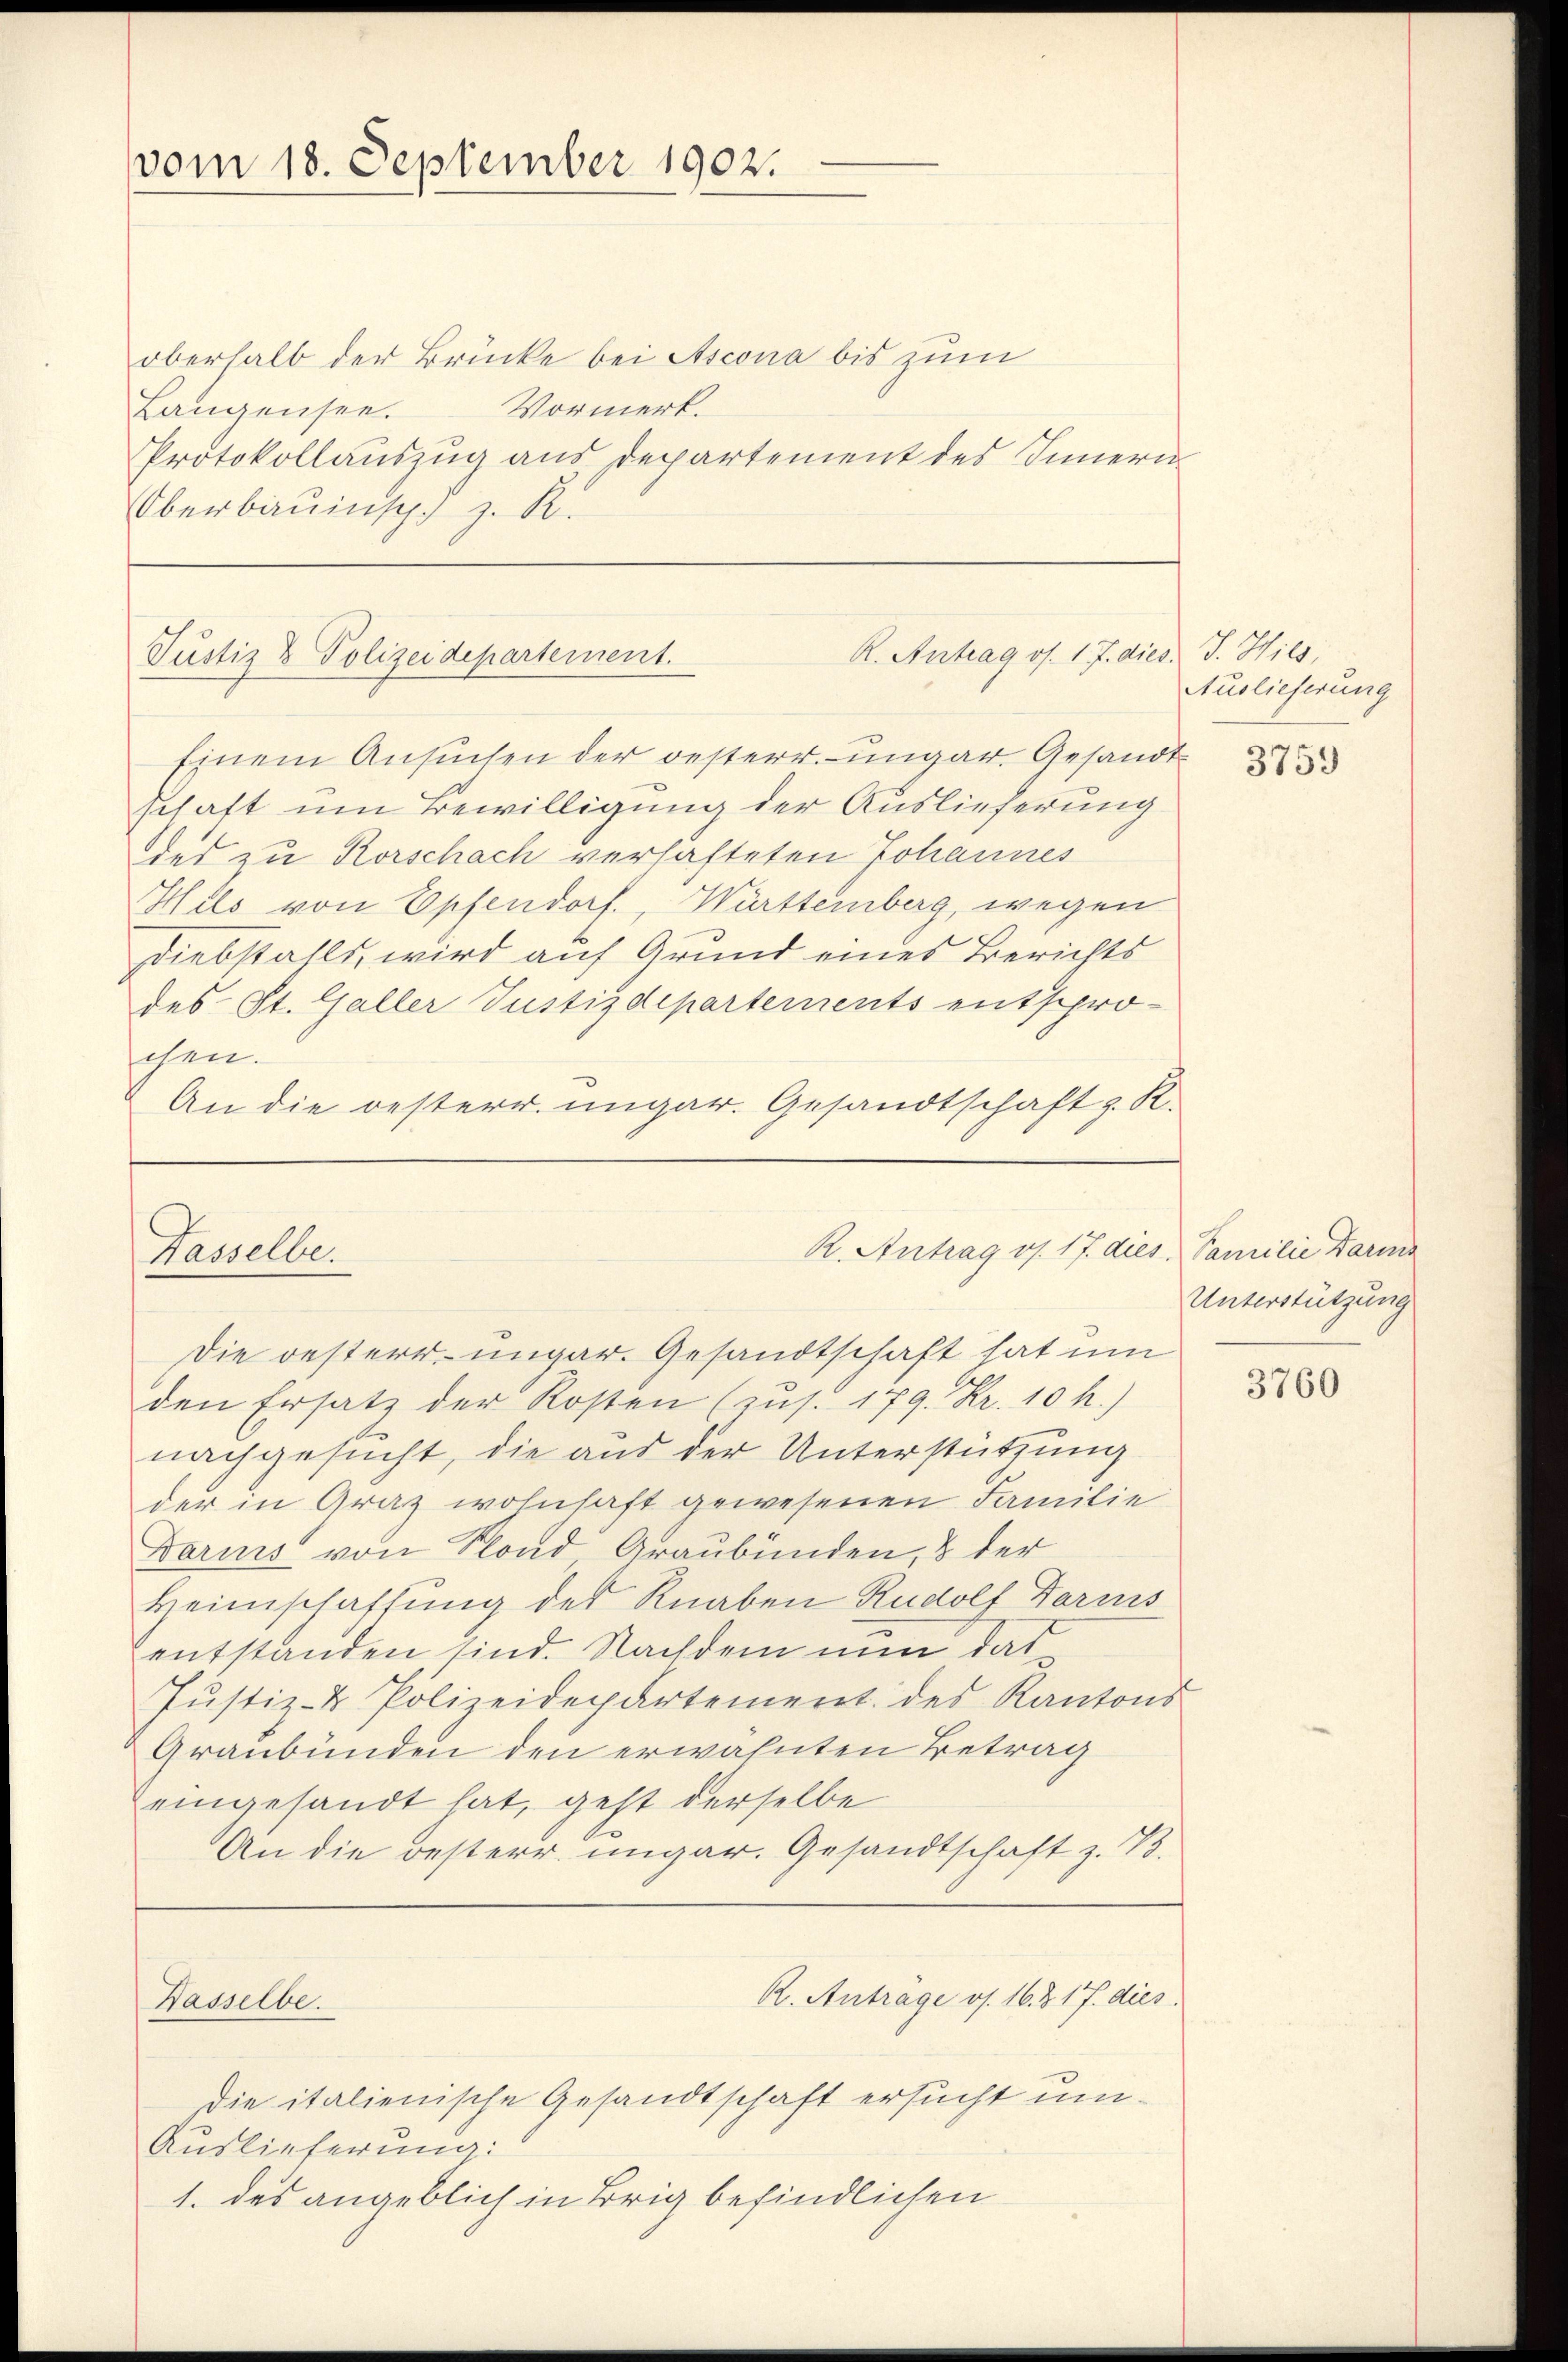
vom 18. September 1902.

oberhalb der Brücke bei Ascona bis zum
Vormerk.
Langensee.
Protokollauszug aus Departement des Innern
Oberbauinsch, z. R.

R. Antrag os. 17. dies. J. Hils,
Justiz & Polizeidepartement.

Wasselbe.

R. Antrag v. 17. dies Familie Darms

Auslieferung

Einem Ansuchen der oesterr.-ungar. Gesandt
schaft um Bewilligung der Auslieferung
des zu Rorschach verhafteten Johannes
Hils von Opfendorf, Württemberg, wegen
Diebstalls, wird auf Grund eines Berichts
des St. Galler Justizdepartements entspro-
schen.
An die oesterr. ungar. Gesandtschaft z. R.

Die oesterr. ungar. Gesandtschaft hat um
den Ersatz der Kosten (zus. 179. Kr. 10 h.)
nachgesucht, die aus der Unterstützung
der in Graz wohnhaft gewesenen Familie
Darins von Fond Graubünden, 8 der
Heimschaffung des Knaben Rudolf Darins
entstanden sind. Nachdem nun das
Justiz- & Polizeidepartement des Kantons
Graubünden den erwähnten Betrag
eingesandt hat, geht derselbe
An die oesterr. ungar. Gesandtschaft z. B.
R. Antrage os. 16. 317. dies
Hasselbe.
die italienische Gesandtschaft ersucht um¬
Auslieferung:
1. des angeblich in Brig befindlichen

3759

Unterstützung

3760